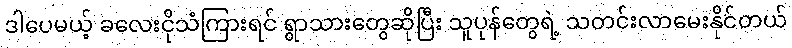
ဒါပေမယ့် ခလေးငိုသံကြားရင် ရွာသားတွေဆိုပြီး သူပုန်တွေရဲ့ သတင်းလာမေးနိုင်တယ်